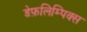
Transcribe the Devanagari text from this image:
डेफ़लिम्पिक्स